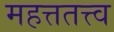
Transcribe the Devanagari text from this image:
महत्ततत्त्व